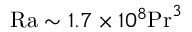
\mathrm { R a } \sim 1 . 7 \times 1 0 ^ { 8 } \mathrm { P r } ^ { 3 }